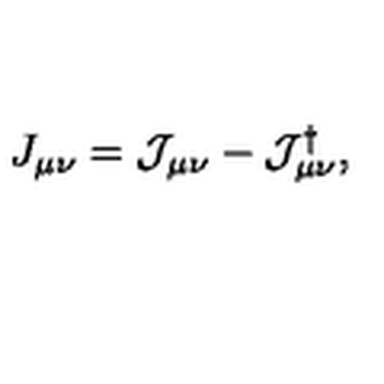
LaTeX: J _ { \mu \nu } = \mathcal { J } _ { \mu \nu } - \mathcal { J } _ { \mu \nu } ^ { \dagger } ,